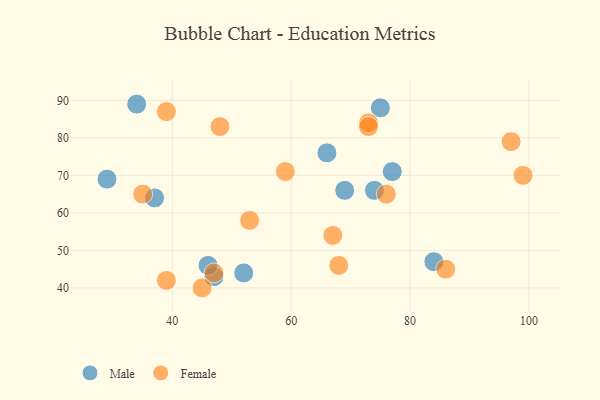
{"axis": {"x": "GDP", "y": "Life Expectancy"}, "legend": ["Female", "Male"], "data": [{"x": "29", "y": 69, "type": "Male"}, {"x": "47", "y": 43, "type": "Male"}, {"x": "74", "y": 66, "type": "Male"}, {"x": "75", "y": 88, "type": "Male"}, {"x": "52", "y": 44, "type": "Male"}, {"x": "37", "y": 64, "type": "Male"}, {"x": "69", "y": 66, "type": "Male"}, {"x": "77", "y": 71, "type": "Male"}, {"x": "66", "y": 76, "type": "Male"}, {"x": "46", "y": 46, "type": "Male"}, {"x": "34", "y": 89, "type": "Male"}, {"x": "84", "y": 47, "type": "Male"}, {"x": "99", "y": 70, "type": "Female"}, {"x": "48", "y": 83, "type": "Female"}, {"x": "45", "y": 40, "type": "Female"}, {"x": "86", "y": 45, "type": "Female"}, {"x": "73", "y": 84, "type": "Female"}, {"x": "97", "y": 79, "type": "Female"}, {"x": "47", "y": 44, "type": "Female"}, {"x": "67", "y": 54, "type": "Female"}, {"x": "39", "y": 42, "type": "Female"}, {"x": "76", "y": 65, "type": "Female"}, {"x": "53", "y": 58, "type": "Female"}, {"x": "59", "y": 71, "type": "Female"}, {"x": "68", "y": 46, "type": "Female"}, {"x": "73", "y": 83, "type": "Female"}, {"x": "35", "y": 65, "type": "Female"}, {"x": "39", "y": 87, "type": "Female"}]}